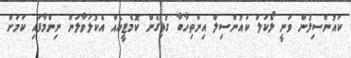
ކައުންސިލުން ވަނީ ލޯކަލް ކައުންސިލް އިންތިހާބާ ގުޅިގެން ކޮމެޓީއެއް އެކުލަވާލަން ނިންމާފައި ކަމަށް